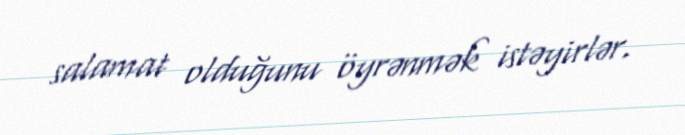
salamat olduğunu öyrənmək istəyirlər.